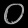
Digit: ၀